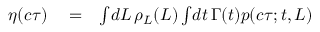
\begin{array} { r l r } { \eta ( c \tau ) } & { { } = } & { \int \! d L \, \rho _ { L } ( L ) \int \! d t \, \Gamma ( t ) p ( c \tau ; t , L ) } \end{array}